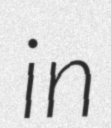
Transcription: in